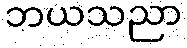
ဘယသညာ